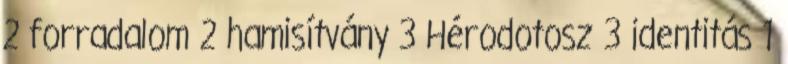
2 forradalom 2 hamisítvány 3 Hérodotosz 3 identitás 1